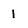
Character: 1